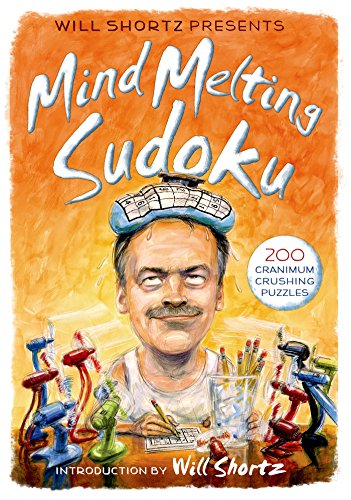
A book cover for Will Shortz Presents Mind-Melting Sudoku: 200 Cranium-Crushing Puzzles; Humor & Entertainment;